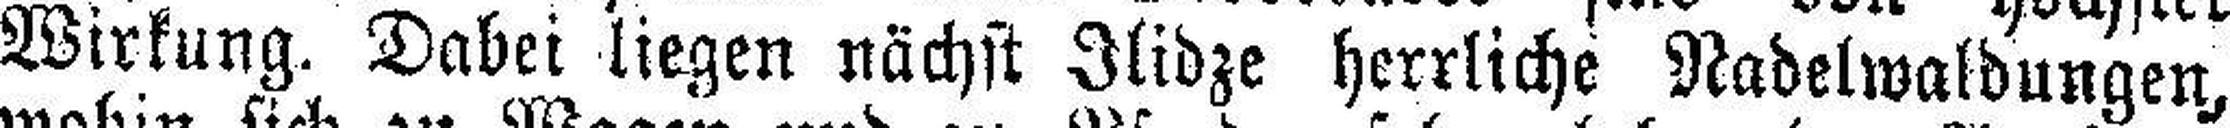
Wirkung. Dabei liegen nächst Ilidze herrliche Nadelwaldungen,